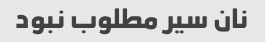
نان سیر مطلوب نبود